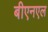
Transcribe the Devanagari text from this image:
बीएनएल